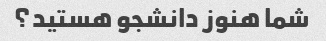
شما هنوز دانشجو هستید؟